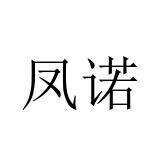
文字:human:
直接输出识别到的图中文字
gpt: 凤诺